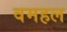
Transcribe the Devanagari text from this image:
वमहल